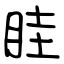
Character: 眭